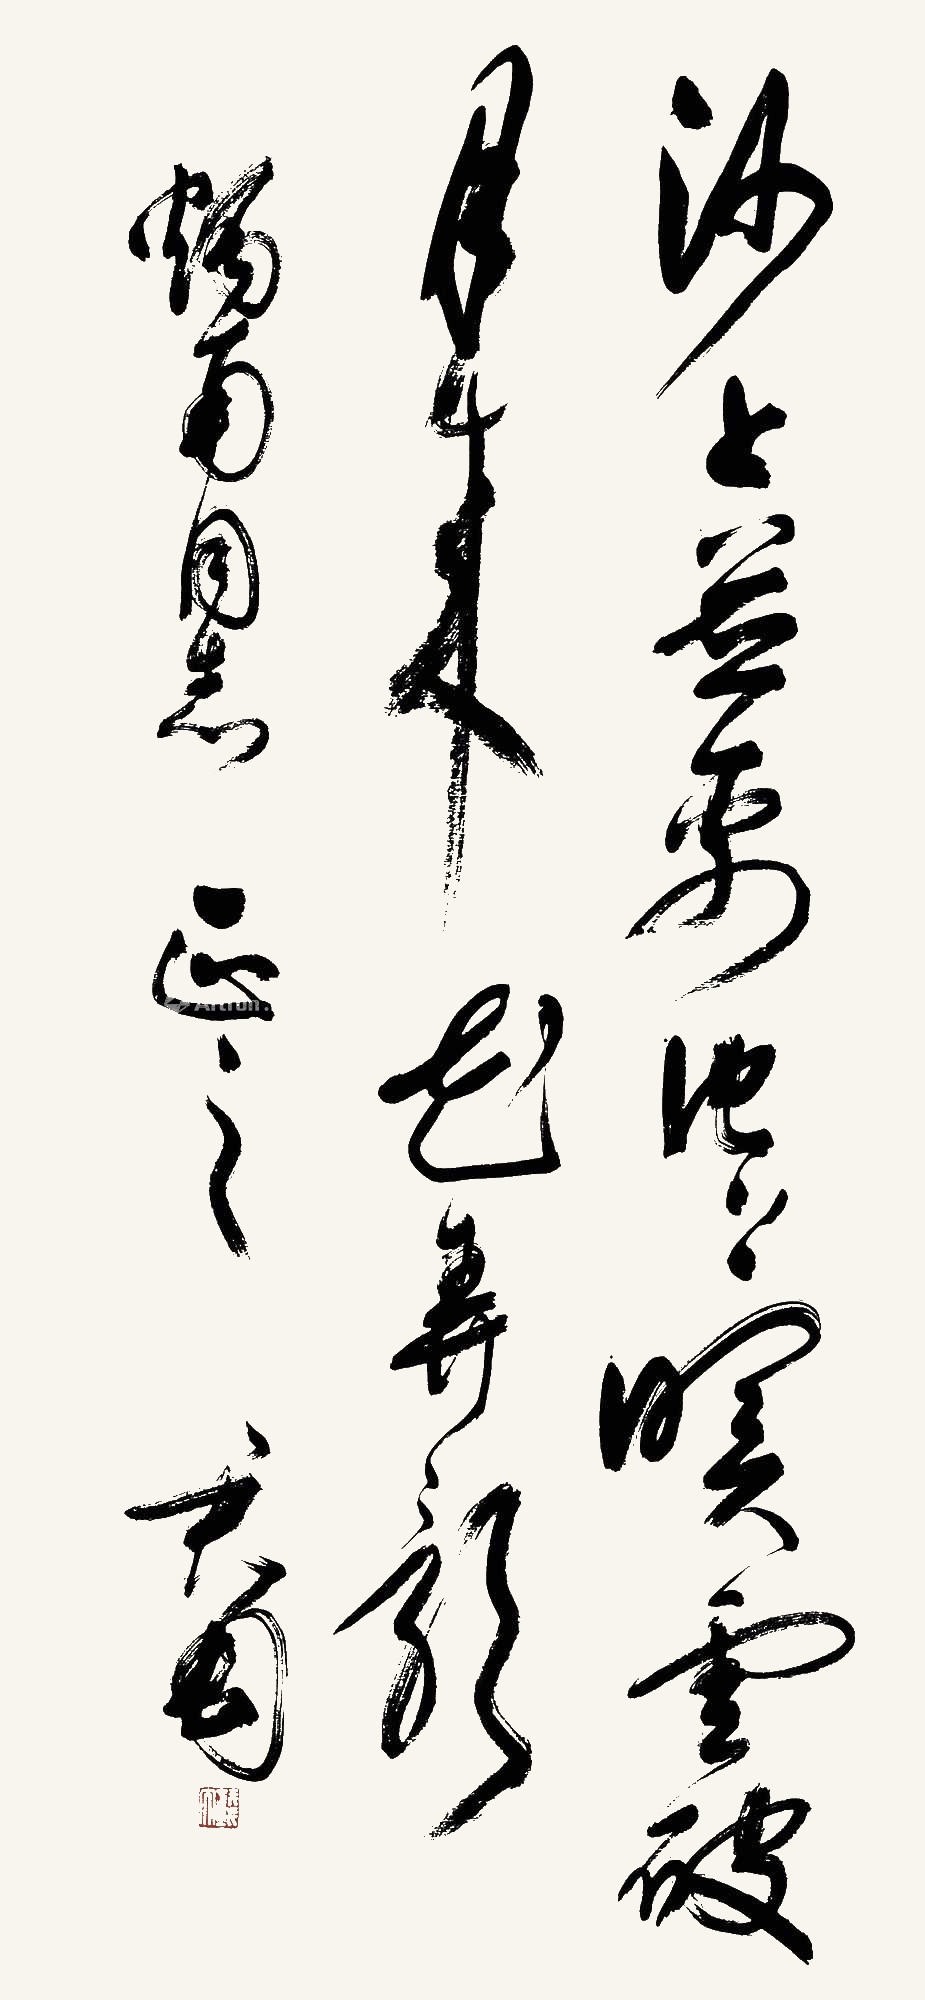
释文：沙上并禽池上暝，云破月来花弄影。烛南同志正之，君匋。